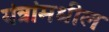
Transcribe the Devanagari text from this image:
यंत्रांमधील